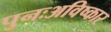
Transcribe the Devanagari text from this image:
पुनःअविष्कार